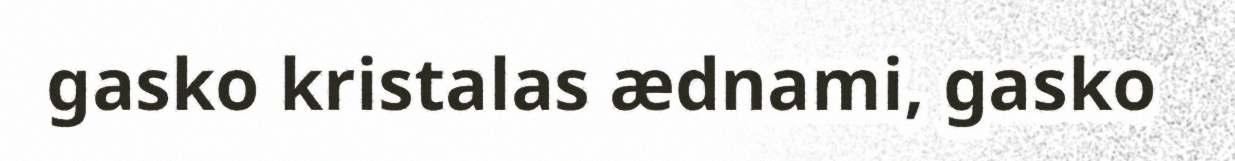
gasko kristalas ædnami, gasko